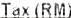
TAX (RM)